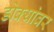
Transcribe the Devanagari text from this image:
डोक्यांवर